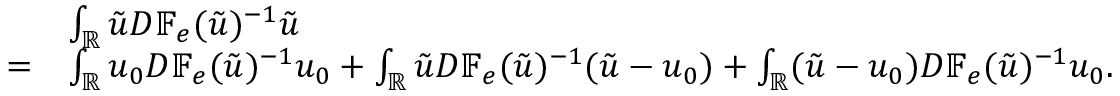
\begin{array} { r l } & { \int _ { \mathbb { R } } \tilde { u } D \mathbb { F } _ { e } ( \tilde { u } ) ^ { - 1 } \tilde { u } } \\ { = } & { \int _ { \mathbb { R } } u _ { 0 } D \mathbb { F } _ { e } ( \tilde { u } ) ^ { - 1 } u _ { 0 } + \int _ { \mathbb { R } } \tilde { u } D \mathbb { F } _ { e } ( \tilde { u } ) ^ { - 1 } ( \tilde { u } - u _ { 0 } ) + \int _ { \mathbb { R } } ( \tilde { u } - u _ { 0 } ) D \mathbb { F } _ { e } ( \tilde { u } ) ^ { - 1 } u _ { 0 } . } \end{array}